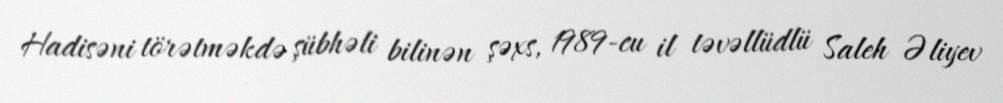
Hadisəni törətməkdə şübhəli bilinən şəxs, 1989-cu il təvəllüdlü Saleh Əliyev